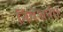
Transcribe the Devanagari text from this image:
निवेशनी।